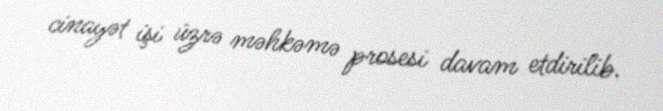
cinayət işi üzrə məhkəmə prosesi davam etdirilib.